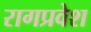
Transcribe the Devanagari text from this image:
रागप्रवेश